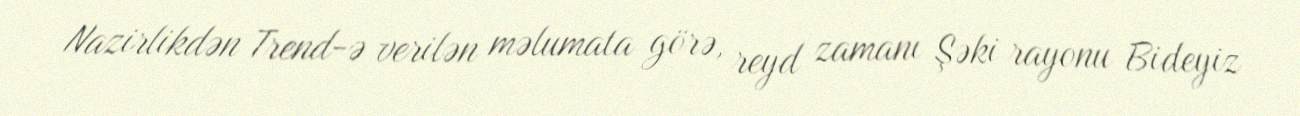
Nazirlikdən Trend-ə verilən məlumata görə, reyd zamanı Şəki rayonu Bideyiz